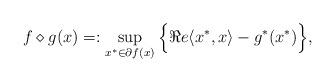
LaTeX: \begin{align*}f\diamond g(x)=:\sup_{x^*\in\partial f(x)}\Big\{\Re e\langle x^*,x\rangle-g^*(x^*)\Big\},\end{align*}